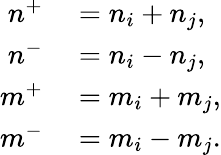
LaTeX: \begin{array}{rl}{n^{+}}&{{}=n_{i}+n_{j},}\\ {n^{-}}&{{}=n_{i}-n_{j},}\\ {m^{+}}&{{}=m_{i}+m_{j},}\\ {m^{-}}&{{}=m_{i}-m_{j}.}\end{array}